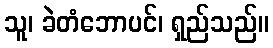
သူ၊ ခဲတံဘောပင်၊ ရှည်သည်။